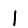
Digit: 1